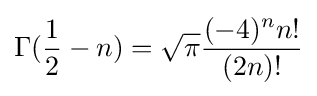
\Gamma ({\frac {1}{2}}-n)={\sqrt {\pi }}{\frac {(-4)^{n}n!}{(2n)!}}